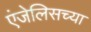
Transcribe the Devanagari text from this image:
एंजेलिसच्या